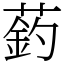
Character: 䔙